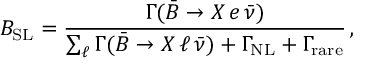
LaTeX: B _ { \mathrm { S L } } = { \frac { \Gamma ( \bar { B } \to X \, e \, \bar { \nu } ) } { \sum _ { \ell } \Gamma ( \bar { B } \to X \, \ell \, \bar { \nu } ) + \Gamma _ { \mathrm { N L } } + \Gamma _ { \mathrm { r a r e } } } } \, ,